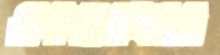
একতরফার